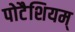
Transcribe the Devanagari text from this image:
पोटैशियम्‌